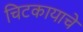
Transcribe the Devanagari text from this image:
चिटकायाचे